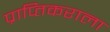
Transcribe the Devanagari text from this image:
प्राप्‍तिकराला